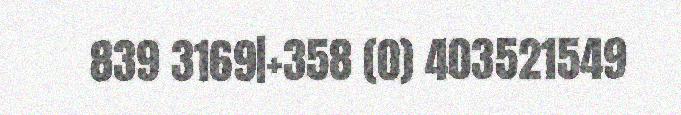
839 3169|+358 (0) 403521549